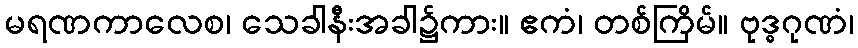
မရဏကာလေစ၊ သေခါနီးအခါ၌ကား။ ဧကံ၊ တစ်ကြိမ်။ ဗုဒ္ဓဂုဏံ၊